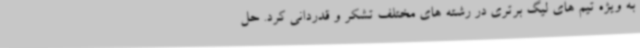
به ویژه تیم های لیگ برتری در رشته های مختلف تشکر و قدردانی کرد. حل